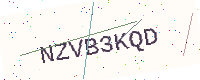
Text: NZVB3KQD